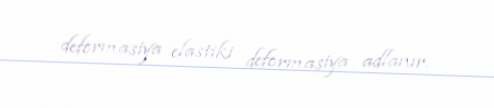
deformasiya elastiki deformasiya adlanır.